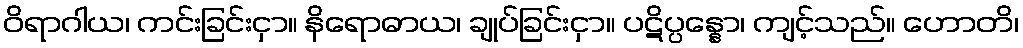
ဝိရာဂါယ၊ ကင်းခြင်းငှာ။ နိရောဓာယ၊ ချုပ်ခြင်းငှာ။ ပဋိပ္ပန္နော၊ ကျင့်သည်။ ဟောတိ၊